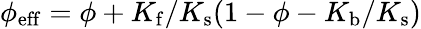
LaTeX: \phi_{\mathrm{eff}}=\phi+K_{\mathrm{f}}/K_{\mathrm{s}}(1-\phi-K_{\mathrm{b}}/K_{\mathrm{s}})